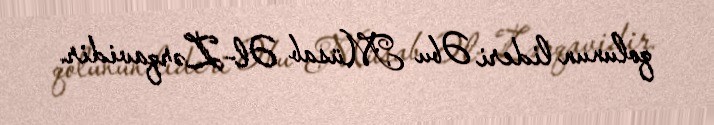
qolunun lideri Əbu Müsab Əl-Zərqavidir.